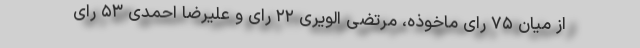
از میان ۷۵ رای ماخوذه، مرتضی الویری ۲۲ رای و علیرضا احمدی ۵۳ رای